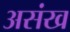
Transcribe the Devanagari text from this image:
असंख